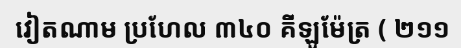
វៀតណាម ប្រហែល ៣៤០ គីឡូម៉ែត្រ ( ២១១